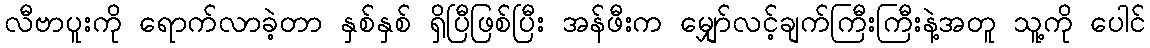
လီဗာပူးကို ရောက်လာခဲ့တာ နှစ်နှစ် ရှိပြီဖြစ်ပြီး အန်ဖီးက မျှော်လင့်ချက်ကြီးကြီးနဲ့အတူ သူ့ကို ပေါင်